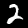
Digit: 2